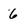
Character: 6